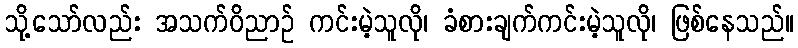
သို့သော်လည်း အသက်ဝိညာဉ် ကင်းမဲ့သူလို၊ ခံစားချက်ကင်းမဲ့သူလို၊ ဖြစ်နေသည်။